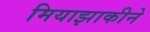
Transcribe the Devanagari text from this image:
मियाझाकीने